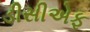
ડીસીએફ